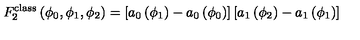
F _ { 2 } ^ { \mathrm { c l a s s } } \left( \phi _ { 0 } , \phi _ { 1 } , \phi _ { 2 } \right) = \left[ a _ { 0 } \left( \phi _ { 1 } \right) - a _ { 0 } \left( \phi _ { 0 } \right) \right] \left[ a _ { 1 } \left( \phi _ { 2 } \right) - a _ { 1 } \left( \phi _ { 1 } \right) \right]